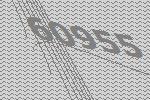
60955